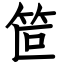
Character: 笸